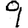
Digit: 9